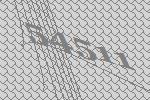
54511